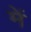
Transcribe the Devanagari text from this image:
में